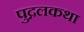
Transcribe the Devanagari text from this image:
पुद्गलकथा